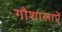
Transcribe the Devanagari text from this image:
गौशालाऐं